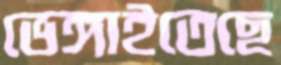
ভেঙ্গাইতেছে